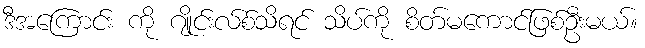
ဒီအကြောင်း ကို ဂျိုင်းလ်စ်သိရင် သိပ်ကို စိတ်မကောင်ဖြစ်ဦးမယ်။